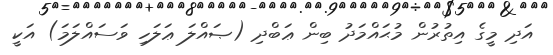
އަދި މީގެ އިތުރުން މުޙައްމަދު ބިން ޢަބްދި (ޞައްލަ ޢަލަހި ވަސައްލަމަ) އަކީ